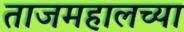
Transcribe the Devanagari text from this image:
ताजमहालच्या